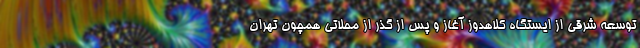
توسعه شرقی از ایستگاه کلاهدوز آغاز و پس از گذر از محلاتی همچون تهران